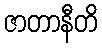
ဇာတာနီတိ